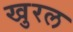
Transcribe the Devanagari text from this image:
खुरल